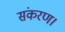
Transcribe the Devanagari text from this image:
संकरण।